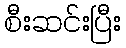
စီးဆင်းပြီး